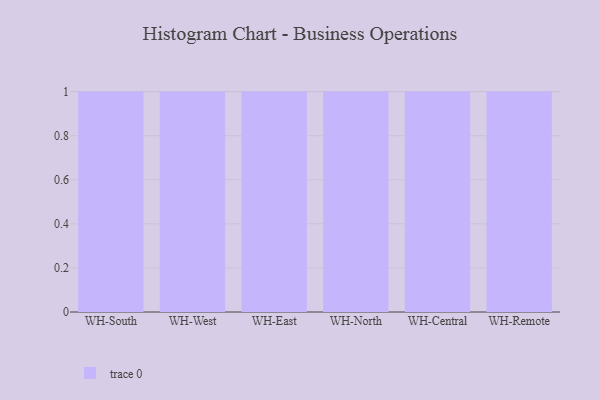
{"axis": {"x": "Warehouse", "y": "Population (Million)"}, "legend": [""], "data": [{"x": "WH-South", "y": 18, "type": ""}, {"x": "WH-West", "y": 34, "type": ""}, {"x": "WH-East", "y": 76, "type": ""}, {"x": "WH-North", "y": 72, "type": ""}, {"x": "WH-Central", "y": 87, "type": ""}, {"x": "WH-Remote", "y": 79, "type": ""}]}